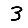
Digit: 3